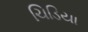
ચિડિયા